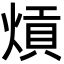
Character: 熕